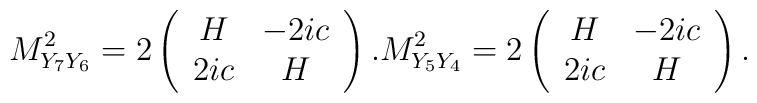
M^2_{Y_7Y_6}=2\left(\begin{array}{cc}H&  -2 ic\\ 2 ic& H\end{array}\right).M^2_{Y_5Y_4}=2\left(\begin{array}{cc}H&  -2 ic\\ 2 ic& H\end{array}\right).